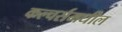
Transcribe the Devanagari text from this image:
कल्चर्समधील